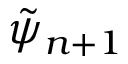
\tilde { \psi } _ { n + 1 }